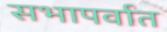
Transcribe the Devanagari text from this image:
सभापर्वात